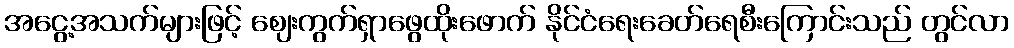
အငွေ့အသက်များဖြင့် ဈေးကွက်ရှာဖွေထိုးဖောက် နိုင်ငံရေးခေတ်ရေစီးကြောင်းသည် တွင်လာ